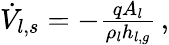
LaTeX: \begin{array}{r}{\dot{V}_{l,s}=-\frac{qA_{l}}{\rho_{l}h_{l,g}}\, ,}\end{array}